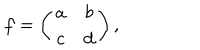
f = \left( \begin{array} { c c } { { a } } & { { b } } \\ { { c } } & { { d } } \\ \end{array} \right) ,